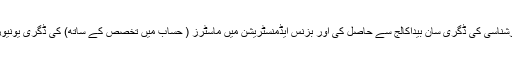
آپ نے حساب میں تخصص کے ساتھ تجارت میں کارشناسی کی ڈگری سان بیداکالج سے حاصل کی اور بزنس ایڈمنسٹریشن میں ماسٹرز ( حساب میں تخصص کے ساتھ) کی ڈگری یونیورسٹی آف ڈیٹرائٹ، مشی گن، امریکہ سے حاصل کی۔